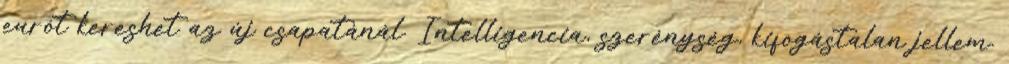
eurót kereshet az új csapatánál. Intelligencia, szerénység, kifogástalan jellem.